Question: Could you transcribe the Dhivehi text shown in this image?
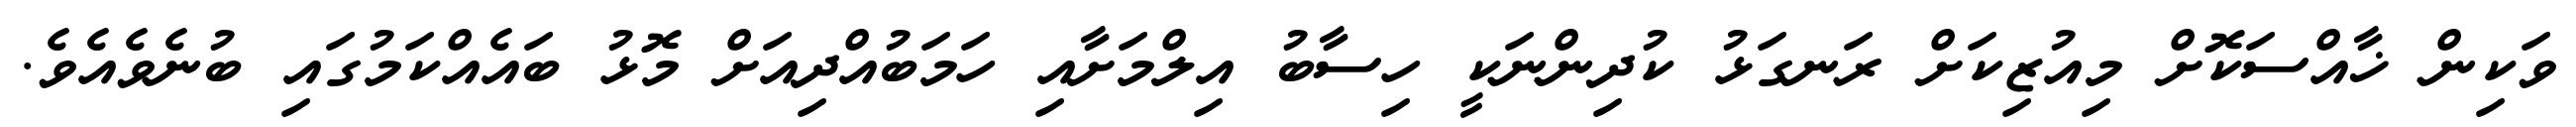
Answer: ވަކިން ޚާއްސަކޮށް މިއުޒިކަށް ރަނގަޅު ކުދިންނަކީ ހިސާބު އިލްމަށާއި ހަމަބުއްދިއަށް މޮޅު ބައެއްކަމުގައި ބުނެވެއެވެ.